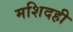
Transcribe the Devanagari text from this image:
मशिदही